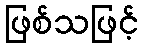
ဖြစ်သဖြင့်